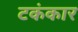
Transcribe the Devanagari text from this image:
टकंकार